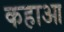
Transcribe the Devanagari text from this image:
कहाआ